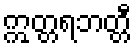
ဣတ္တရဘတ္တီ